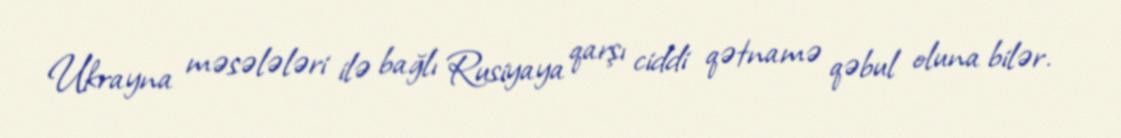
Ukrayna məsələləri ilə bağlı Rusiyaya qarşı ciddi qətnamə qəbul oluna bilər.